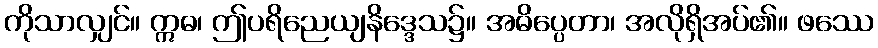
ကိုသာလျှင်။ ဣဓ၊ ဤပရိညေယျနိဒ္ဒေသ၌။ အဓိပ္ပေတာ၊ အလိုရှိအပ်၏။ ဖဿေ